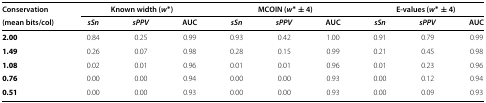
<table><thead><tr><td><b>Conservation</b></td><td colspan="3"><b>Known width (<i>w</i><sup>∗</sup>)</b></td><td colspan="3"><b>MCOIN (<i>w</i><sup>∗</sup> ± 4)</b></td><td colspan="3"><b>E-values (<i>w</i><sup>∗</sup> ± 4)</b></td></tr><tr><td><b>(mean bits/col)</b></td><td><b><i>sSn</i></b></td><td><b><i>sPPV</i></b></td><td><b>AUC</b></td><td><b><i>sSn</i></b></td><td><b><i>sPPV</i></b></td><td><b>AUC</b></td><td><b><i>sSn</i></b></td><td><b><i>sPPV</i></b></td><td><b>AUC</b></td></tr></thead><tbody><tr><td><b>2.00</b></td><td>0.84</td><td>0.25</td><td>0.99</td><td>0.93</td><td>0.42</td><td>1.00</td><td>0.91</td><td>0.79</td><td>0.99</td></tr><tr><td><b>1.49</b></td><td>0.26</td><td>0.07</td><td>0.98</td><td>0.28</td><td>0.15</td><td>0.99</td><td>0.21</td><td>0.45</td><td>0.98</td></tr><tr><td><b>1.08</b></td><td>0.02</td><td>0.01</td><td>0.96</td><td>0.01</td><td>0.01</td><td>0.96</td><td>0.01</td><td>0.23</td><td>0.96</td></tr><tr><td><b>0.76</b></td><td>0.00</td><td>0.00</td><td>0.94</td><td>0.00</td><td>0.00</td><td>0.93</td><td>0.00</td><td>0.12</td><td>0.94</td></tr><tr><td><b>0.51</b></td><td>0.00</td><td>0.00</td><td>0.93</td><td>0.00</td><td>0.00</td><td>0.93</td><td>0.00</td><td>0.09</td><td>0.93</td></tr></tbody></table>